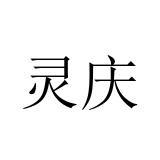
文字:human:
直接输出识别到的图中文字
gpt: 灵庆